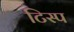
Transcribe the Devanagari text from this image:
टिस्प